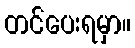
တင်ပေးရမှာ။